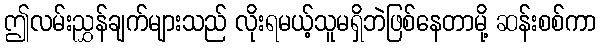
ဤလမ်းညွှန်ချက်များသည် လိုးရမယ့်သူမရှိဘဲဖြစ်နေတာမို့ ဆန်းစစ်ကာ